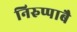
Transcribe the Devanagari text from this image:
निरुप्पाबै